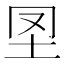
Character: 𡉮